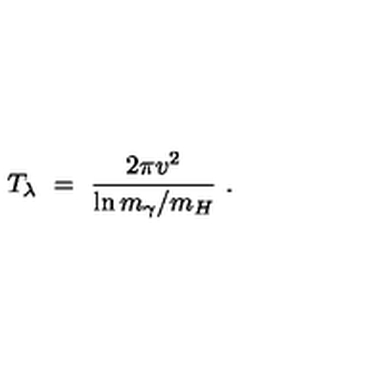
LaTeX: T _ { \lambda } \ = \ \frac { 2 \pi v ^ { 2 } } { \ln m _ { \gamma } / m _ { H } } \ .